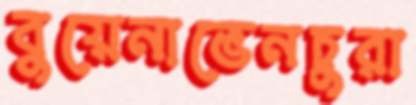
বুয়েনাভেনচুরা